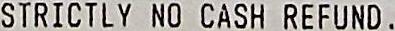
STRICTLY NO CASH REFUND .